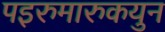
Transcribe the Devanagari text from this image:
पइरुमारुकयुन